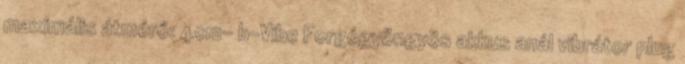
maximális átmérő: 4cm- b-Vibe Forgógyöngyös akkus anál vibrátor plug